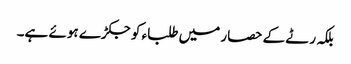
بلکہ رٹے کے حصار میں طلباء کو جکڑے ہوئے ہے۔